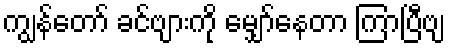
ကျွန်တော် ခင်ဗျားကို မျှော်နေတာ ကြာပြီဗျ